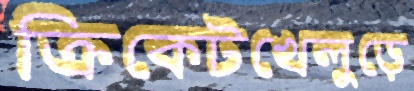
ক্রিকেটখেলুড়ে